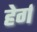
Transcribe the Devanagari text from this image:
हेर्ग